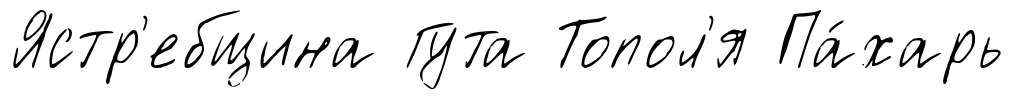
Ястр'ебщина Гута Топол'я Па́харь